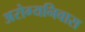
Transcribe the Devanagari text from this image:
अरोग्यनिवास